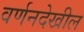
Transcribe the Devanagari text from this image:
वर्णनदेखील